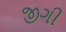
જીગી